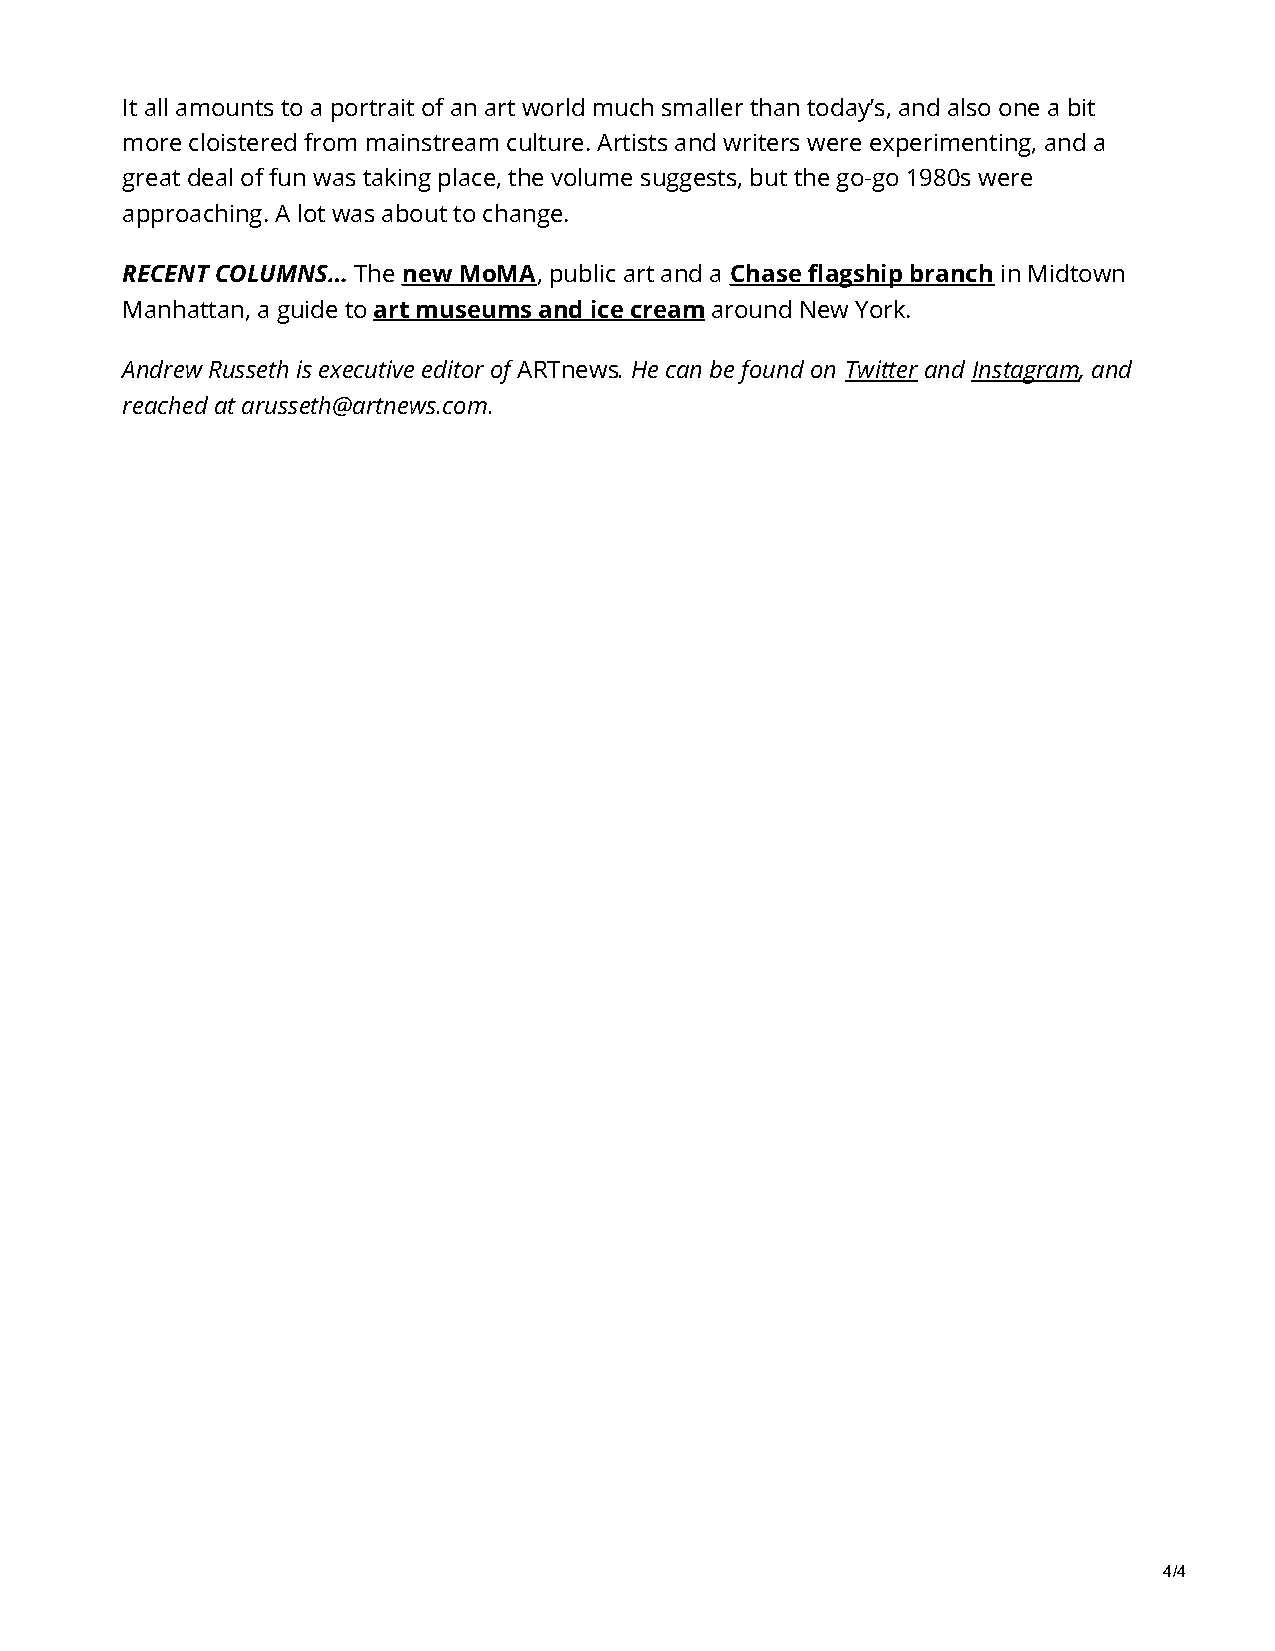
It all amounts to a portrait of an art world much smaller than today’s, and also one a bit
 more cloistered from mainstream culture. Artists and writers were experimenting, and a
 great deal of fun was taking place, the volume suggests, but the go-go 1980s were
 approaching. A lot was about to change.
 RECENT COLUMNS… The new MoMA, public art and a Chase flagship branch in Midtown
 Manhattan, a guide to art museums and ice cream around New York.
 Andrew Russeth is executive editor of ARTnews. He can be found on Twitter and Instagram, and
 reached at arusseth@artnews.com.
 4/4